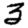
Digit: 3